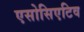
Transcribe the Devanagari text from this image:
एसोसिएटिव